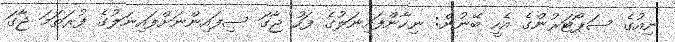
ނިއުގެ ސަޕޯޓަރުންގެ އެހީ ބޭނުން: ނިހާންފައިނަލުގެ ފަހު ޖާގަ ސިފައިންނަށްފައިނަލުގެ ފުރަތަމަ ޖާގަ